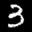
Label: 3